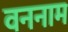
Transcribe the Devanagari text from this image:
वननाम